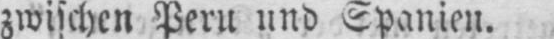
zwischen Peru und Spanien.